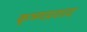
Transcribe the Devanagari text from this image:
कृष्णप्रशाद